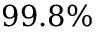
9 9 . 8 \%